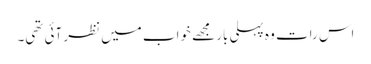
اس رات وہ پہلی بار مجھے خواب میں نظر آئی تھی۔